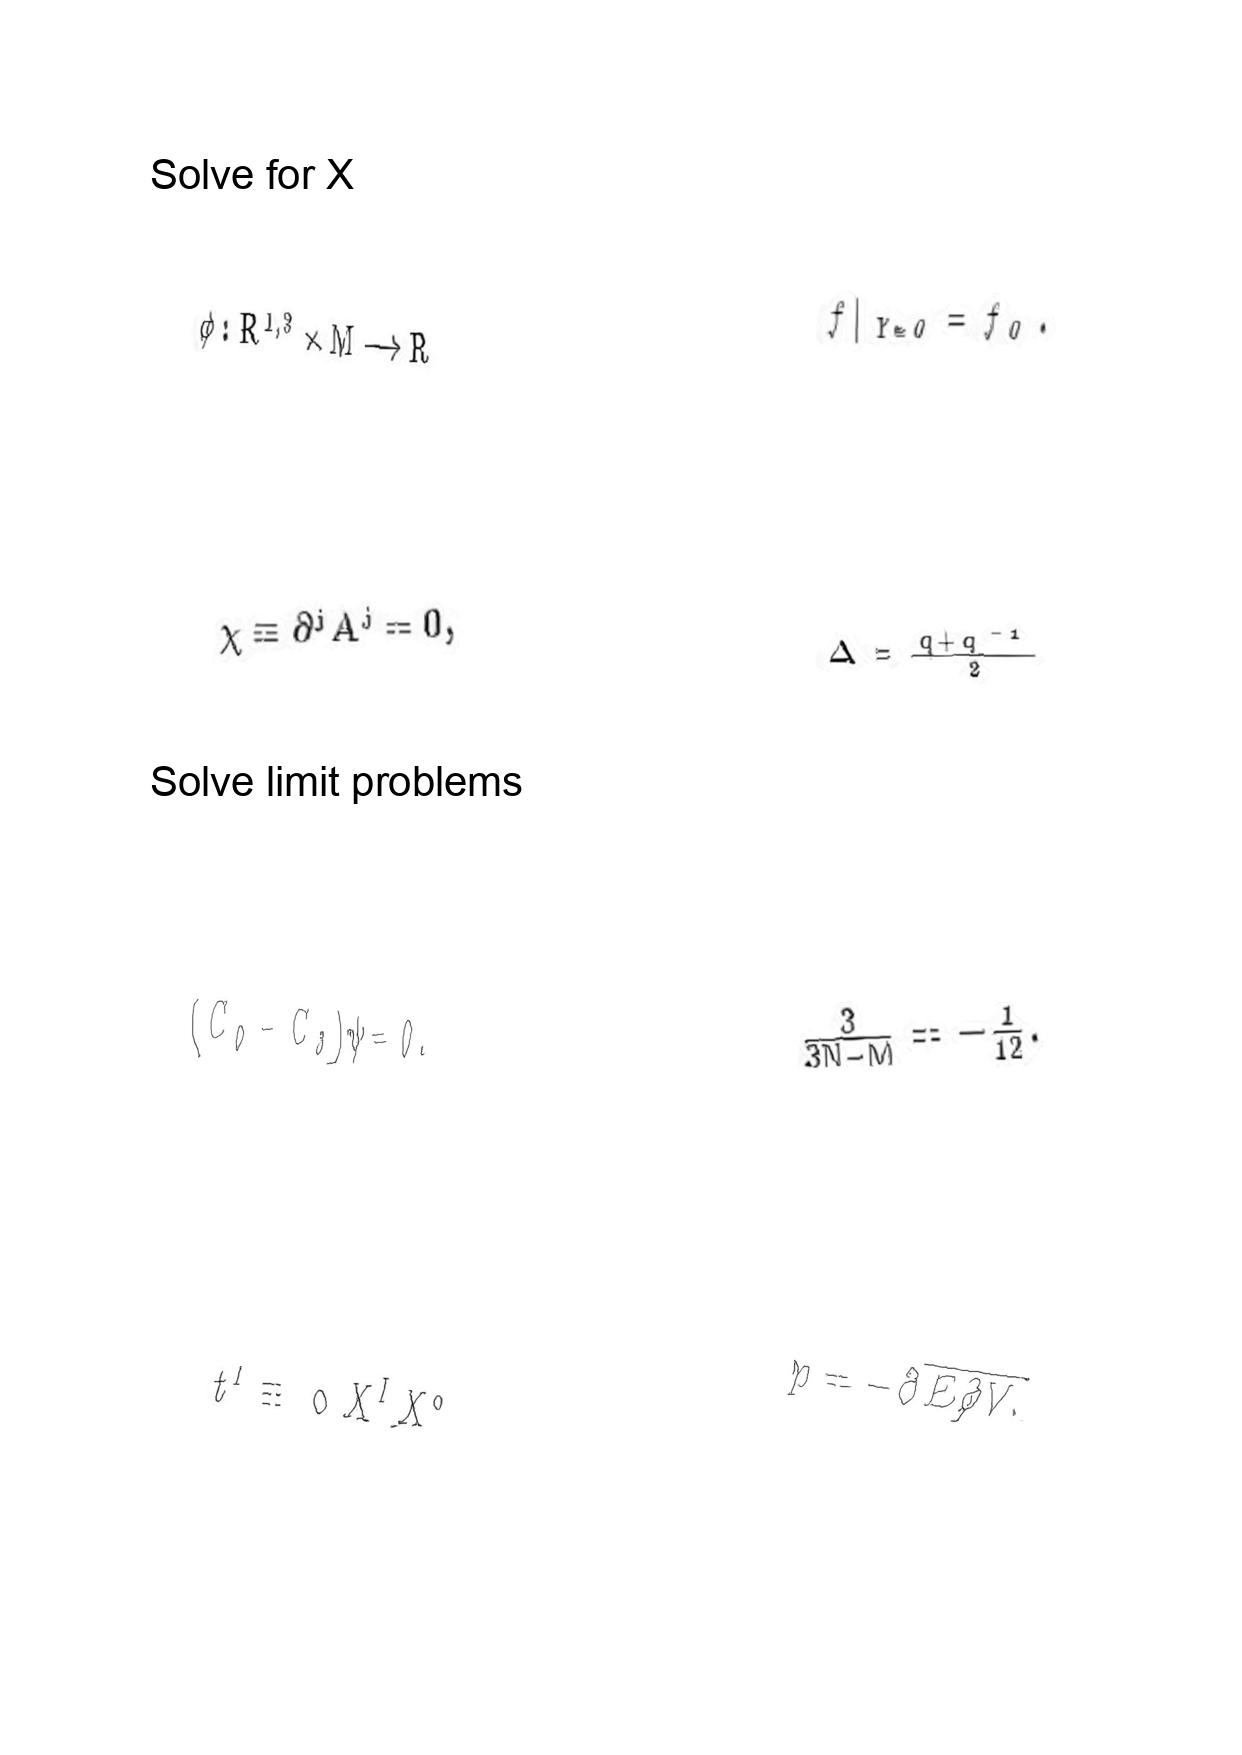
LaTeX transcription:
\phi : R ^ { 1 , 3 } \times M \longrightarrow R
\chi \equiv \partial ^ { j } A ^ { j } = 0 ,
\lparen C _ { 0 } - C _ { 3 } \rparen \psi = 0 .
t ^ { I } \equiv \text { \ o } X ^ { I } X ^ { 0 }
f \vert _ { Y = 0 } = f _ { 0 } .
\Delta = \frac { q + q ^ { - 1 } } { 2 }
\frac { 3 } { 3 N - M } = - \frac { 1 } { 1 2 } .
p = - \partial \overline { E / \partial V . }